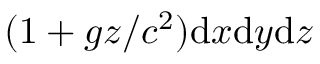
( 1 + g z / c ^ { 2 } ) \mathrm { d } x \mathrm { d } y \mathrm { d } z